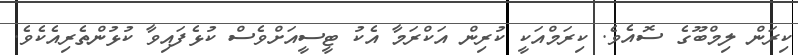
ކިރަން ލިމްބޫގެ ސޮއެވެ. ކިރަމްއަކީ ކުރިން އަކްރަމާ އެކު ޓީސީއަށްވެސް ކުޅެފައިވާ ކުޅުންތެރިއެކެވެ.